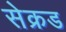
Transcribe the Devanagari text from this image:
सेक्रड